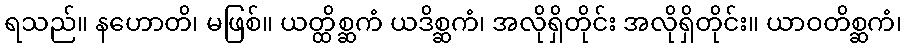
ရသည်။ နဟောတိ၊ မဖြစ်။ ယတ္ထိစ္ဆကံ ယဒိစ္ဆကံ၊ အလိုရှိတိုင်း အလိုရှိတိုင်း။ ယာဝတိစ္ဆကံ၊